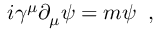
i \gamma ^ { \mu } \partial _ { \mu } \psi = m \psi \; \; ,